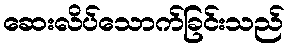
ဆေးလိပ်သောက်ခြင်းသည်